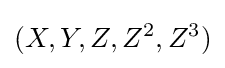
(X,Y,Z,Z^{2},Z^{3})